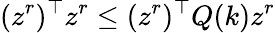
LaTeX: (z^{r})^{\top}z^{r}\leq(z^{r})^{\top}Q(k)z^{r}